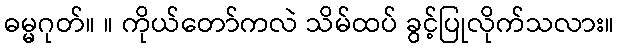
ဓမ္မဂုတ်။ ။ ကိုယ်တော်ကလဲ သိမ်ထပ် ခွင့်ပြုလိုက်သလား။